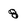
Character: 8